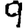
Digit: 9